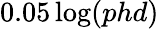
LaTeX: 0.05\log(phd)